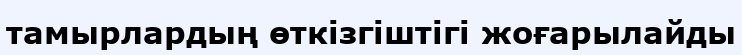
тамырлардың өткізгіштігі жоғарылайды